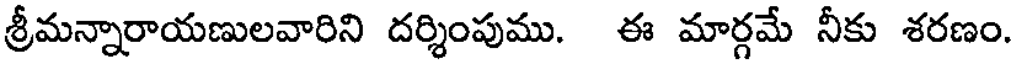
శ్రీమన్నారాయణులవారిని దర్శింపుము. ఈ మార్గమే నీకు శరణం.